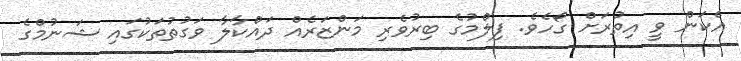
އެކަން ވީ އިތުރަށް ގޯހެވެ. ފިލްމުގެ ބިރުވެރި މަންޒަރެއް ދައްކާލާ ވަގުތުތަކުގައި ޝަނުމްގެ